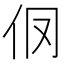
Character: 𰁥